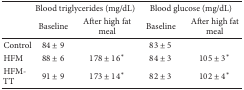
|  | <COLSPAN=2> Blood triglycerides (mg/dL) | <COLSPAN=2> Blood glucose (mg/dL) |
 |  | Baseline | After high fat meal | Baseline | After high fat meal |
 | --- | --- | --- | --- | --- |
 | Control | 84 ± 9 |  | 83 ± 5 |  |
 | HFM | 88 ± 6 | 178 ± 16∗ | 84 ± 3 | 105 ± 3∗ |
 | HFM-TT | 91 ± 9 | 173 ± 14∗ | 82 ± 3 | 102 ± 4∗ |